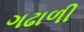
ગઢાળી